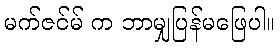
မက်ဇင်မ် က ဘာမျှပြန်မဖြေပါ။